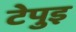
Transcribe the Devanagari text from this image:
टेपुइ